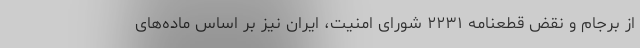
از برجام و نقض قطعنامه ۲۲۳۱ شورای امنیت، ایران نیز بر اساس ماده‌های